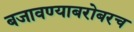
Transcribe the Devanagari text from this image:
बजावण्याबरोबरच